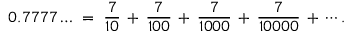
0 . 7 7 7 7 \ldots \; = \; { \frac { 7 } { 1 0 } } \, + \, { \frac { 7 } { 1 0 0 } } \, + \, { \frac { 7 } { 1 0 0 0 } } \, + \, { \frac { 7 } { 1 0 0 0 0 } } \, + \, \cdots .